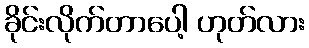
ခိုင်းလိုက်တာပေါ့ ဟုတ်လား